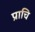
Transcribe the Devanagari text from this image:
प्राचि